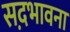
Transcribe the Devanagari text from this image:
सद़भावना